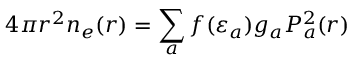
4 \pi r ^ { 2 } n _ { e } ( r ) = \sum _ { a } f ( \varepsilon _ { a } ) g _ { a } P _ { a } ^ { 2 } ( r )